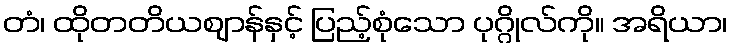
တံ၊ ထိုတတိယဈာန်နှင့် ပြည့်စုံသော ပုဂ္ဂိုလ်ကို။ အရိယာ၊